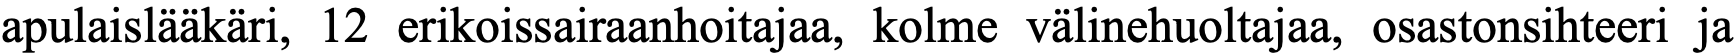
apulaislääkäri, 12 erikoissairaanhoitajaa, kolme välinehuoltajaa, osastonsihteeri ja